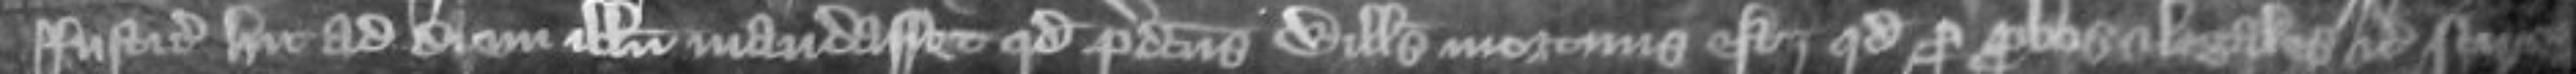
justiciariis hic ad diem illum mandasset quod predictus Willelmus mortuus est quod per probos et legales etc scire